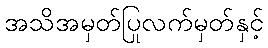
အသိအမှတ်ပြုလက်မှတ်နှင့်